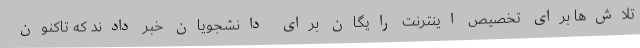
تلاش‌ها برای تخصیص اینترنت رایگان برای دانشجویان خبر دادند که تاکنون